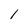
Character: l